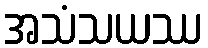
အသံသယဿ